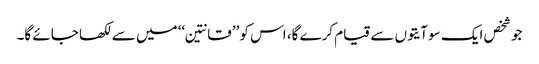
جو شخص ایک سو آیتوں سے قیام کرے گا، اس کو ’’قانتین‘‘ میں سے لکھا جائے گا۔